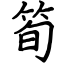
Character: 筍